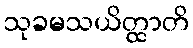
သုခမသယိတ္ထာတိ